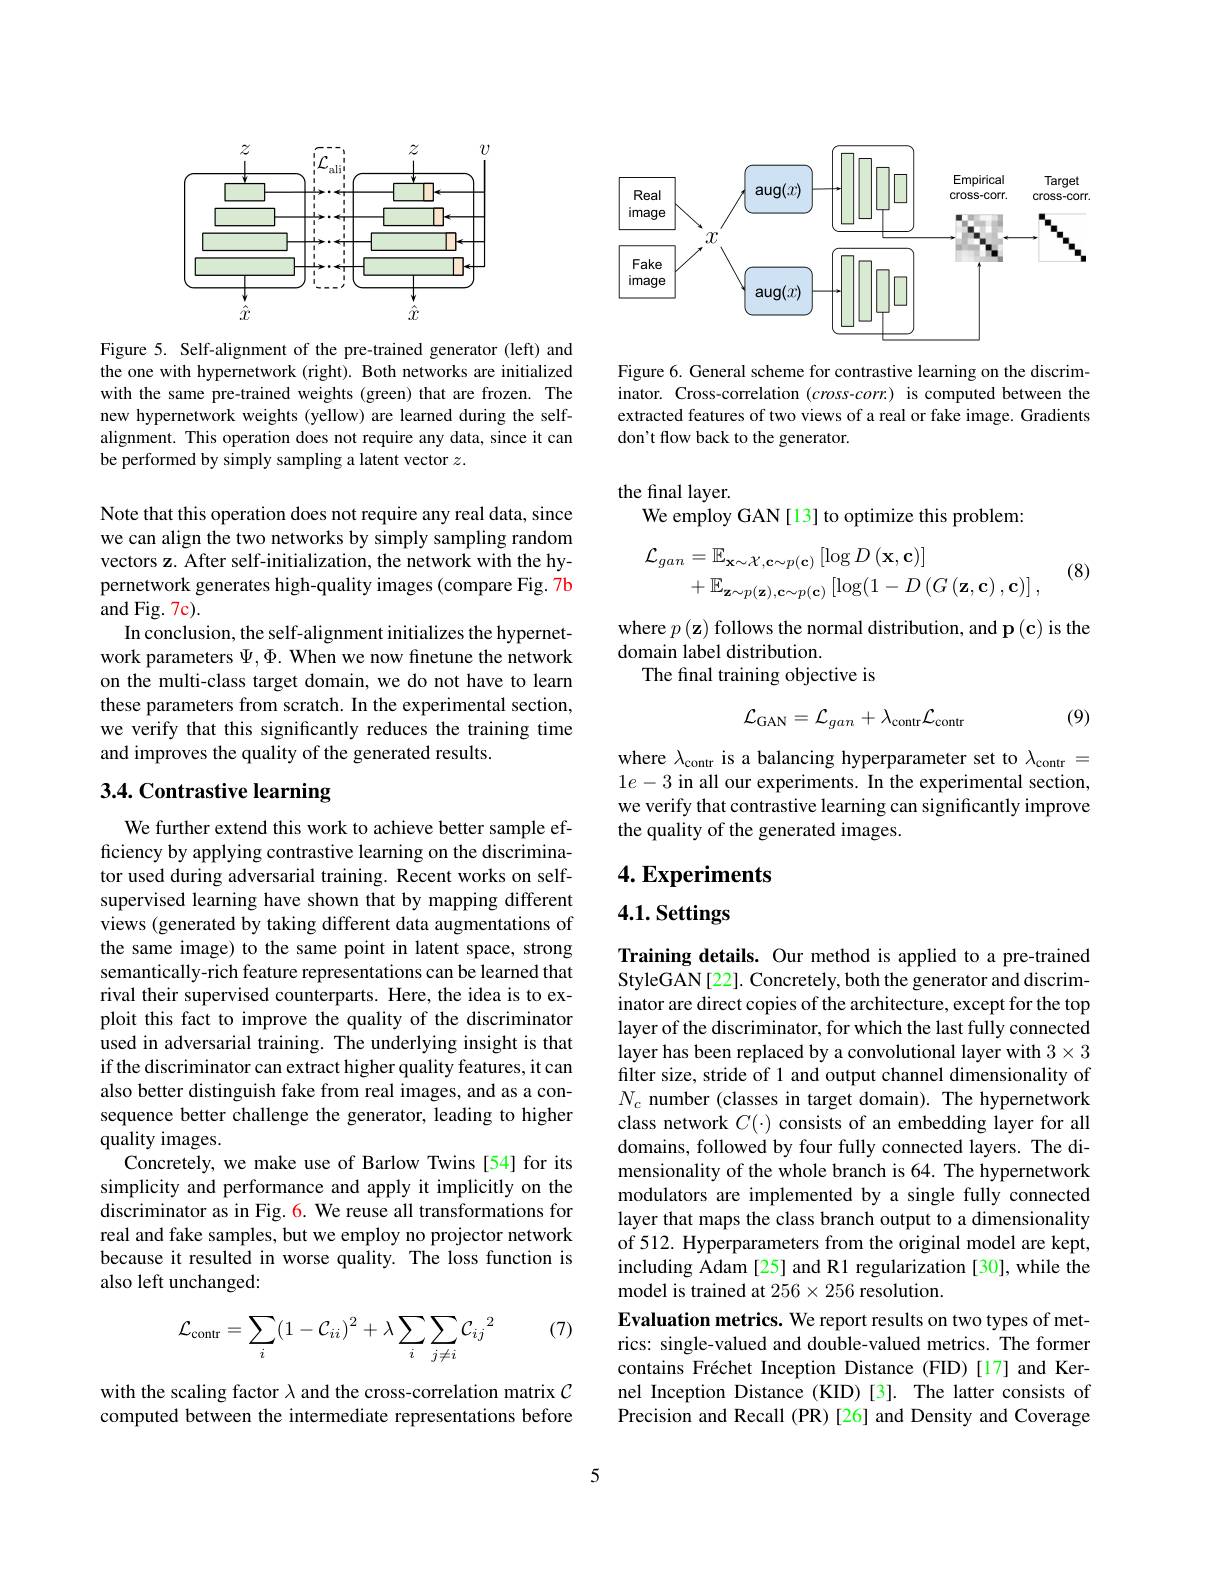
<FigureHere>

Figure 5. Self-alignment of the pre-trained generator (left) and the one with hypernetwork (right). Both networks are initialized with the same pre-trained weights (green) that are frozen. The new hypernetwork weights (yellow) are learned during the selfalignment. This operation does not require any data, since it can be performed by simply sampling a latent vector $z.$

Note that this operation does not require any real data, since we can align the two networks by simply sampling random vectors z. After self-initialization, the network with the hypernetwork generates high-quality images (compare Fig. 7b and Fig. 7c).
In conclusion, the self-alignment initializes the hypernetwork parameters $\Psi,\Phi.$ When we now finetune the network on the multi-class target domain, we do not have to learn these parameters from scratch. In the experimental section, we verify that this significantly reduces the training time and improves the quality of the generated results.

# 3.4. Contrastive learning

We further extend this work to achieve better sample efficiency by applying contrastive learning on the discriminator used during adversarial training. Recent works on selfsupervised learning have shown that by mapping different views (generated by taking different data augmentations of the same image) to the same point in latent space, strong semantically-rich feature representations can be learned that rival their supervised counterparts. Here, the idea is to exploit this fact to improve the quality of the discriminator used in adversarial training. The underlying insight is that if the discriminator can extract higher quality features, it can also better distinguish fake from real images, and as a consequence better challenge the generator, leading to higher quality images.
Concretely, we make use of Barlow Twins [54] for its simplicity and performance and apply it implicitly on the discriminator as in Fig. 6. We reuse all transformations for real and fake samples, but we employ no projector network because it resulted in worse quality. The loss function is also left unchanged:

(7)
$$\mathcal{L}_{\text{contr}}=\sum_i(1-\mathcal{C}_{ii})^2+\lambda\sum_i\sum_{j\neq i}\mathcal{C}_{ij}{}^2$$
with the scaling factor $\lambda$ and the cross-correlation matrix $\mathcal{C}$ computed between the intermediate representations before

<FigureHere>

Figure 6. General scheme for contrastive learning on the discriminator. Cross-correlation (cross-corr.) is computed between the extracted features of two views of a real or fake image. Gradients don't flow back to the generator.

the final layer.
We employ GAN[13] to optimize this problem:
$$\begin{aligned}\mathcal{L}_{gan}&=\mathbb{E}_{\mathbf{x}\sim\mathcal{X},\mathbf{c}\sim p(\mathbf{c})}\left[\log D\left(\mathbf{x},\mathbf{c}\right)\right]\\&+\mathbb{E}_{\mathbf{z}\sim p(\mathbf{z}),\mathbf{c}\sim p(\mathbf{c})}\left[\log(1-D\left(G\left(\mathbf{z},\mathbf{c}\right),\mathbf{c}\right)\right],\end{aligned}$$
(8)

where $p\left(\mathbf{z}\right)$ follows the normal distribution, and p(c) is the
domain label distribution.
The final training objective is

(9)
$$\mathcal{L}_{\mathrm{GAN}}=\mathcal{L}_{gan}+\lambda_{\mathrm{contr}}\mathcal{L}_{\mathrm{contr}}$$
where $\lambda_\mathrm{contr}$ is a balancing hyperparameter set to $\lambda_\mathrm{contr}=$ $1e-3$ in all our experiments. In the experimental section, we verify that contrastive learning can significantly improve the quality of the generated images.

4. Experiments

# 4.1. Settings

Training details. Our method is applied to a pre-trained StyleGAN[22]. Concretely, both the generator and discriminator are direct copies of the architecture, except for the top layer of the discriminator, for which the last fully connected layer has been replaced by a convolutional layer with $3\times3$ filter size, stride of 1 and output channel dimensionality of $N_c$ number (classes in target domain). The hypernetwork class network $C(\cdot)$ consists of an embedding layer for all domains, followed by four fully connected layers. The dimensionality of the whole branch is 64. The hypernetwork modulators are implemented by a single fully connected layer that maps the class branch output to a dimensionality of 512. Hyperparameters from the original model are kept, including Adam [25] and R1 regularization [30], while the model is trained at 256×256 resolution.
Evaluation metrics. We report results on two types of metrics: single-valued and double-valued metrics. The former contains Fréchet Inception Distance (FID)[17] and Kernel Inception Distance (KID)[3]. The latter consists of Precision and Recall (PR)[26] and Density and Coverage

5